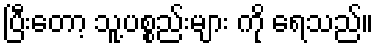
ပြီးတော့ သူ့ပစ္စည်းများ ကို ရေသည်။